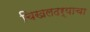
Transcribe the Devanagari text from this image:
चिखलदर्‍याचा